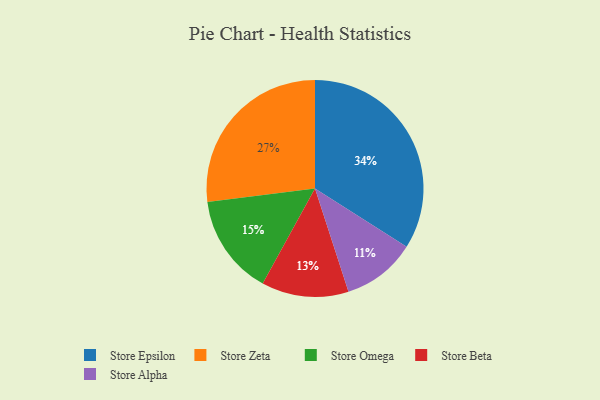
{"axis": {"x": "Category", "y": "Percentage"}, "legend": ["Store Alpha", "Store Beta", "Store Epsilon", "Store Omega", "Store Zeta"], "data": [{"x": "Store Alpha", "y": 11, "type": "Store Alpha"}, {"x": "Store Omega", "y": 15, "type": "Store Omega"}, {"x": "Store Zeta", "y": 27, "type": "Store Zeta"}, {"x": "Store Epsilon", "y": 34, "type": "Store Epsilon"}, {"x": "Store Beta", "y": 13, "type": "Store Beta"}]}